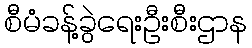
စီမံခန့်ခွဲရေးဦးစီးဌာန